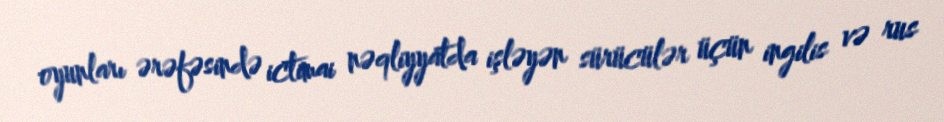
oyunları ərəfəsində ictimai nəqliyyatda işləyən sürücülər üçün ingilis və rus